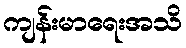
ကျန်းမာရေးအသိ